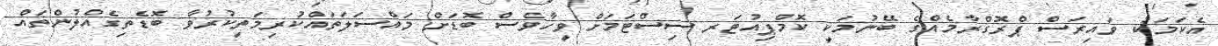
އެކަމަކު ވައިރަސް ޕްރޮގްރާމެއްގެ ބޭނުމަކީ ކޮމްޕިއުޓަރ ސިސްޓަމަށް ވީހާވެސް ބޮޑަށް މައްސަލަތައްކުރިމަތިކުރުވާ ބޮޑެތިގެއްލުންތައް